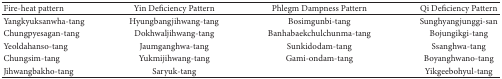
<table><thead><tr><td><b>Fire-heat pattern</b></td><td><b>Yin Deficiency Pattern</b></td><td><b>Phlegm Dampness Pattern</b></td><td><b>Qi Deficiency Pattern</b></td></tr></thead><tbody><tr><td>Yangkyuksanwha-tang</td><td>Hyungbangjihwang-tang</td><td>Bosimgunbi-tang</td><td>Sunghyangjunggi-san</td></tr><tr><td>Chungpyesagan-tang</td><td>Dokhwaljihwang-tang</td><td>Banhabaekchulchunma-tang</td><td>Bojungikgi-tang</td></tr><tr><td>Yeoldahanso-tang</td><td>Jaumganghwa-tang</td><td>Sunkidodam-tang</td><td>Ssanghwa-tang</td></tr><tr><td>Chungsim-tang</td><td>Yukmijihwang-tang</td><td>Gami-ondam-tang</td><td>Boyanghwano-tang</td></tr><tr><td>Jihwangbakho-tang</td><td>Saryuk-tang</td><td> </td><td>Yikgeebohyul-tang</td></tr></tbody></table>